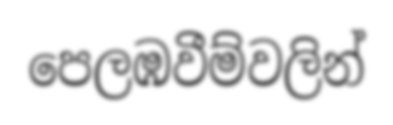
පෙලඹවීම්වලින්